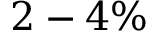
2 - 4 \%